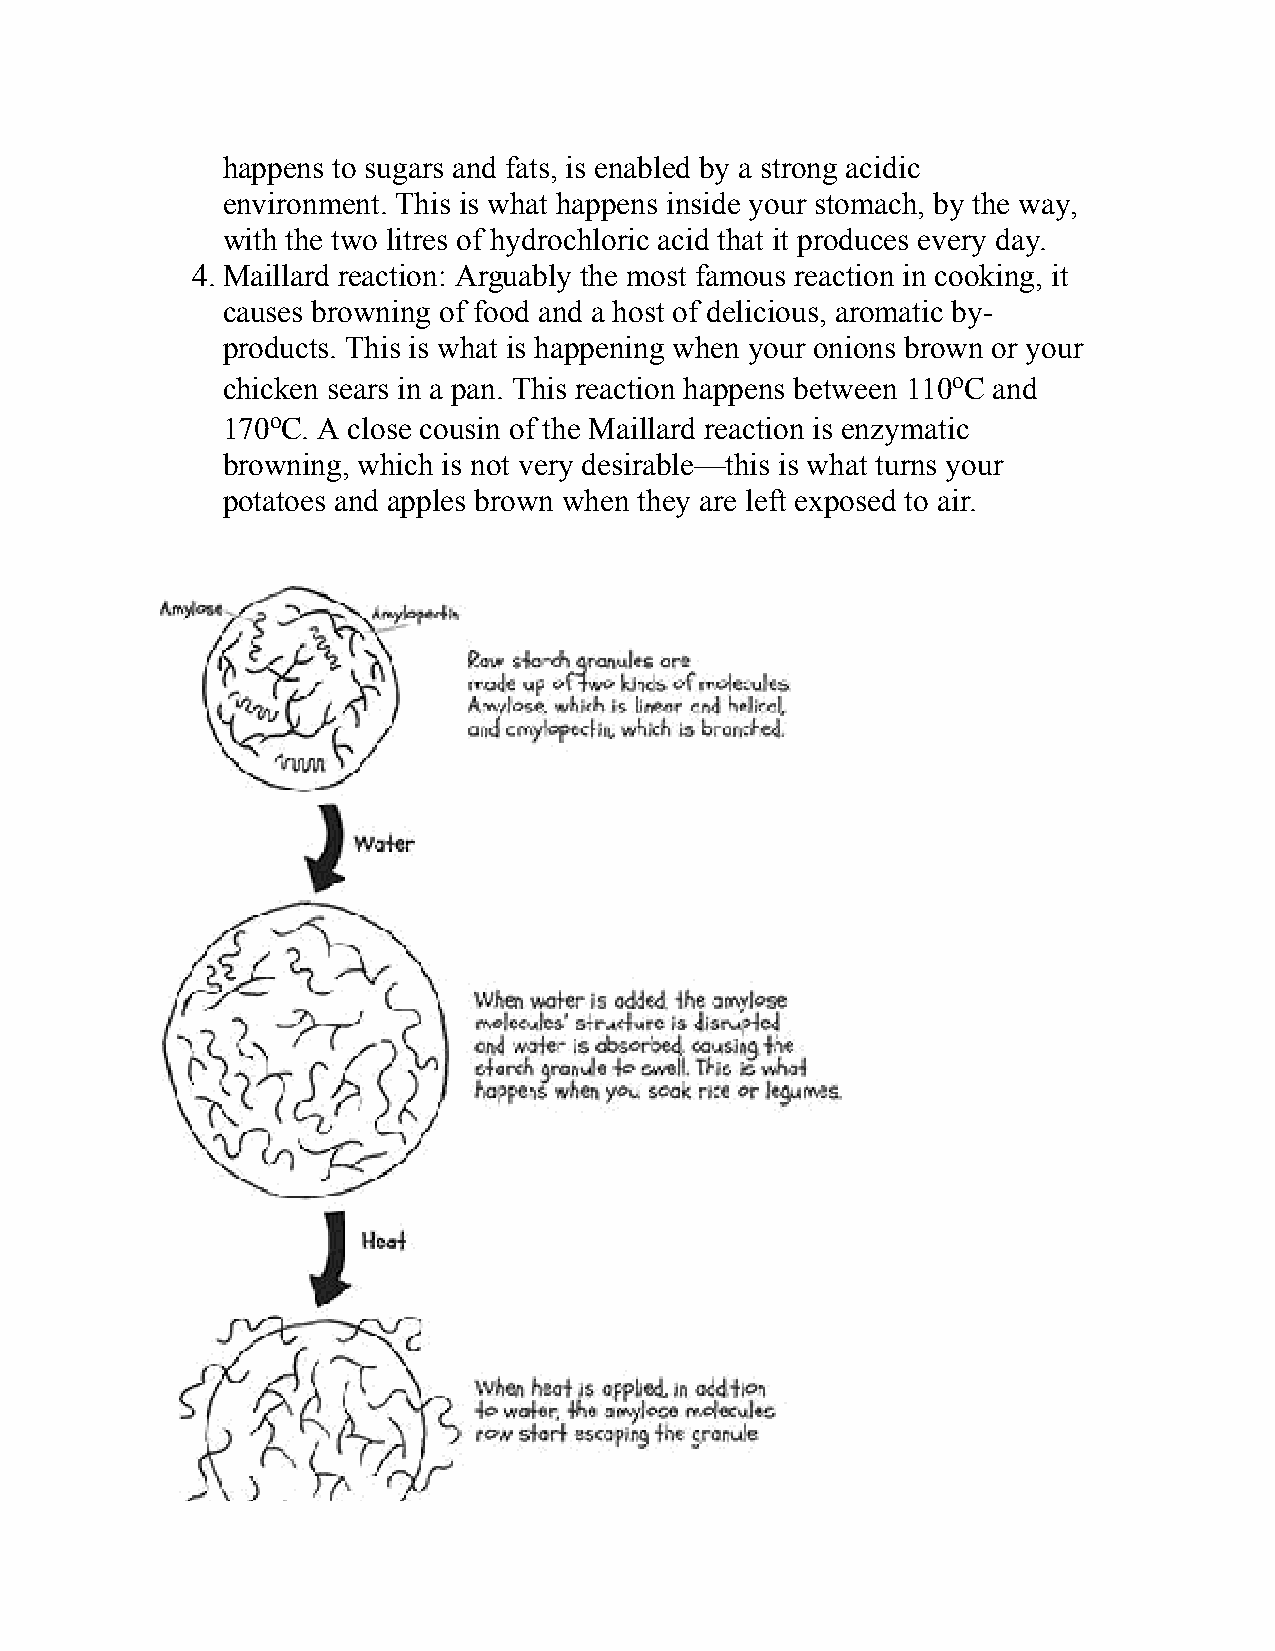
happens to sugars and fats, is enabled by a strong acidic
 environment. This is what happens inside your stomach, by the way,
 with the two litres of hydrochloric acid that it produces every day.
 4. Maillard reaction: Arguably the most famous reaction in cooking, it
 causes browning of food and a host of delicious, aromatic by-
 products. This is what is happening when your onions brown or your
 chicken sears in a pan. This reaction happens between 110oC and
 170oC. A close cousin of the Maillard reaction is enzymatic
 browning, which is not very desirable—this is what turns your
 potatoes and apples brown when they are left exposed to air.